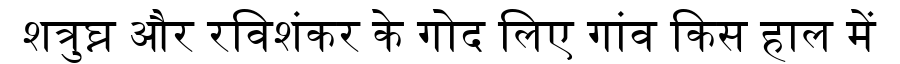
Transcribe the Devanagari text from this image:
शत्रुघ्न और रविशंकर के गोद लिए गांव किस हाल में